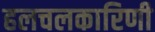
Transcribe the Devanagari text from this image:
हलचलकारिणी